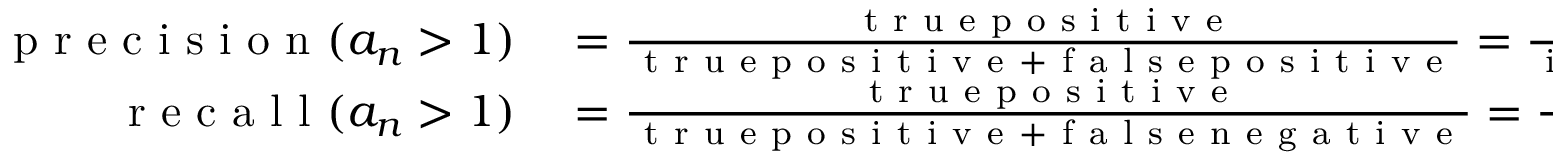
\begin{array} { r l } { \mathrm { ~ p ~ r ~ e ~ c ~ i ~ s ~ i ~ o ~ n ~ } ( a _ { n } > 1 ) } & { { } = \frac { \mathrm { ~ t ~ r ~ u ~ e ~ p ~ o ~ s ~ i ~ t ~ i ~ v ~ e ~ } } { \mathrm { ~ t ~ r ~ u ~ e ~ p ~ o ~ s ~ i ~ t ~ i ~ v ~ e ~ } + \mathrm { ~ f ~ a ~ l ~ s ~ e ~ p ~ o ~ s ~ i ~ t ~ i ~ v ~ e ~ } } = \frac { \mathrm { ~ i ~ n ~ s ~ t ~ a ~ n ~ c ~ e ~ s ~ o ~ f ~ A ~ } } { \mathrm { ~ i ~ n ~ s ~ t ~ a ~ n ~ c ~ e ~ s ~ o ~ f ~ A ~ } + \mathrm { ~ i ~ n ~ s ~ t ~ a ~ n ~ c ~ e ~ s ~ o ~ f ~ C ~ } } , } \\ { \mathrm { ~ r ~ e ~ c ~ a ~ l ~ l ~ } ( a _ { n } > 1 ) } & { { } = \frac { \mathrm { ~ t ~ r ~ u ~ e ~ p ~ o ~ s ~ i ~ t ~ i ~ v ~ e ~ } } { \mathrm { ~ t ~ r ~ u ~ e ~ p ~ o ~ s ~ i ~ t ~ i ~ v ~ e ~ } + \mathrm { ~ f ~ a ~ l ~ s ~ e ~ n ~ e ~ g ~ a ~ t ~ i ~ v ~ e ~ } } = \frac { \mathrm { ~ i ~ n ~ s ~ t ~ a ~ n ~ c ~ e ~ s ~ o ~ f ~ A ~ } } { \mathrm { ~ i ~ n ~ s ~ t ~ a ~ n ~ c ~ e ~ s ~ o ~ f ~ A ~ } + \mathrm { ~ i ~ n ~ s ~ t ~ a ~ n ~ c ~ e ~ s ~ o ~ f ~ B ~ } } , } \end{array}